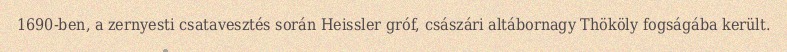
1690-ben, a zernyesti csatavesztés során Heissler gróf, császári altábornagy Thököly fogságába került.